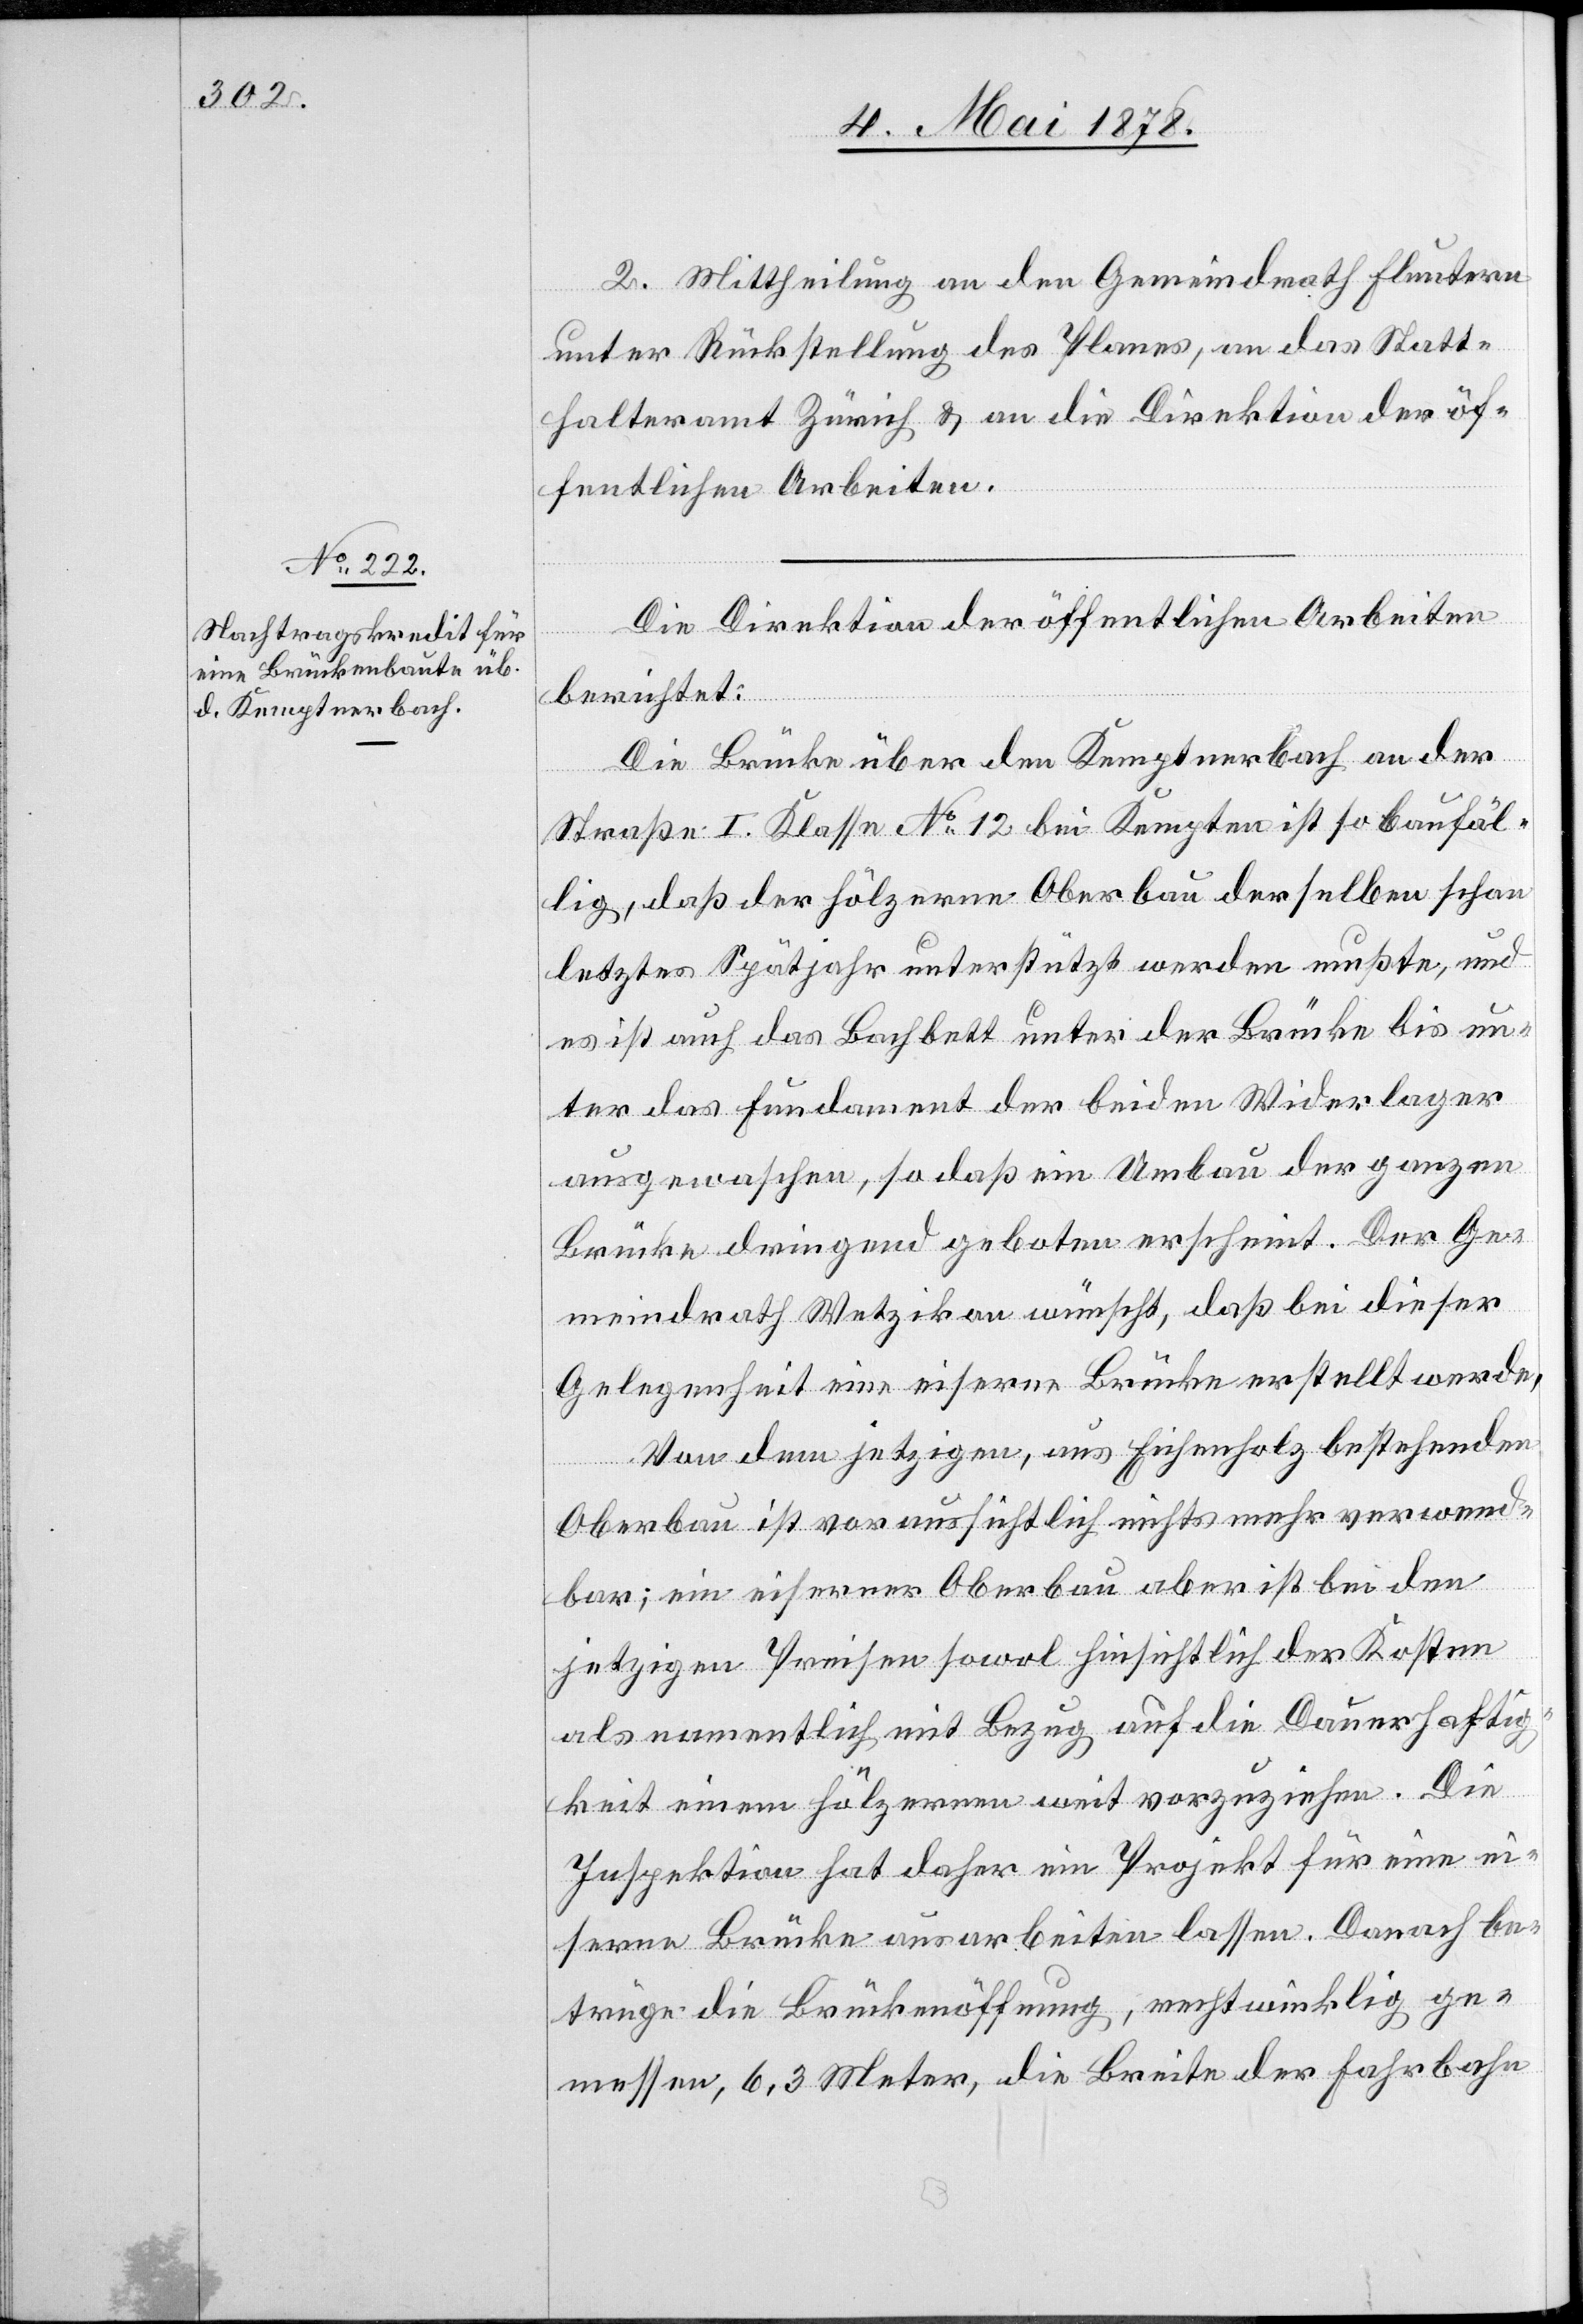
2. Mittheilung an den Gemeindrath Fluntern
unter Rückstellung des Planes, an das Statt¬
halteramt Zürich & an die Direktion der öf¬
fentlichen Arbeiten.
Die Direktion der öffentlichen Arbeiten
berichtet:
Die Brücke über den Kemptnerbach an der
Straße I. Klasse No 12 bei Kempten ist so baufäl¬
lig, daß der hölzerne Oberbau derselben schon
letztes Spätjahr unterstützt werden mußte, und
es ist auch das Bachbett unter der Brücke bis un¬
ter das Fundament der beiden Widerlager
ausgewachsen, so daß ein Umbau der ganzen
Brücke dringend geboten erscheint. Der Ge¬
meindrath Wetzikon wünscht, daß bei dieser
Gelegenheit eine eiserne Brücke erstellt werde.
Von dem jetzigen, aus Eichenholz bestehenden
Oberbau ist voraussichtlich nichts mehr verwend¬
bar; ein eiserner Oberbau aber ist bei den
jetzigen Preisen sowol hinsichtlich der Kosten
als namentlich mit Bezug auf die Dauerhaftig¬
keit einem hölzernen weit vorzuziehen. Die
Inspektion hat daher ein Projekt für eine ei¬
serne Brücke ausarbeiten lassen. Danach be¬
trüge die Brückenöffnung, rechtwinklig ge¬
messen, 6,3 Meter, die Breite der Fahrbahn